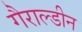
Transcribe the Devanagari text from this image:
गैराल्डीन